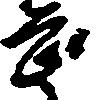
畏